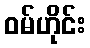
ဝမ်ဟိုင်း